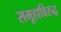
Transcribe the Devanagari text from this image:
समूहाविरुद्ध